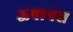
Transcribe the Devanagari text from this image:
ऊषानस